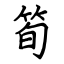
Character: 筍